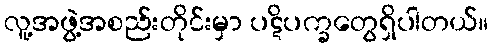
လူ့အဖွဲ့အစည်းတိုင်းမှာ ပဋိပက္ခတွေရှိပါတယ်။